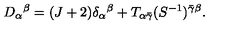
D _ { \alpha } { } ^ { \beta } = ( J + 2 ) \delta _ { \alpha } { } ^ { \beta } + T _ { \alpha \bar { \gamma } } ( S ^ { - 1 } ) ^ { \bar { \gamma } \beta } .